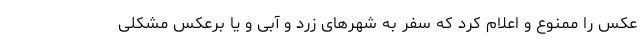
عکس را ممنوع و اعلام کرد که سفر به شهرهای زرد و آبی و یا برعکس مشکلی